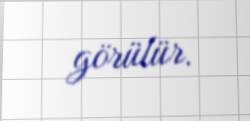
görülür.